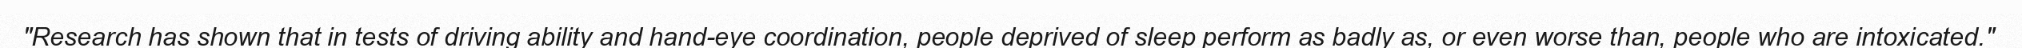
"Research has shown that in tests of driving ability and hand-eye coordination, people deprived of sleep perform as badly as, or even worse than, people who are intoxicated."